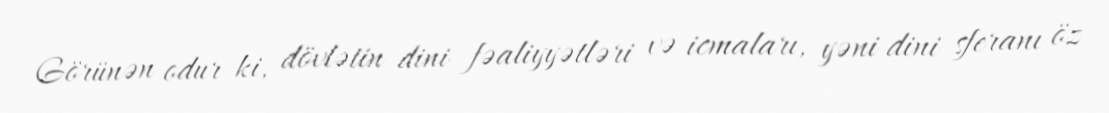
Görünən odur ki, dövlətin dini fəaliyyətləri və icmaları, yəni dini sferanı öz